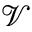
\mathcal { V }